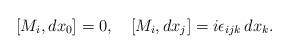
LaTeX: \begin{align*}[M_i, dx_0] =0, \quad [M_i, dx_j] = i\epsilon_{ijk}\, dx_k.\end{align*}